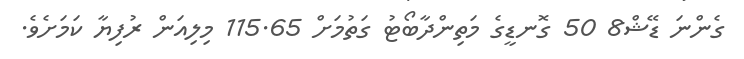
ގެންނަ ޑޭޝް8 50 ގޮނޑީގެ މަތިންދާބޯޓު ގަތުމަށް 115.65 މިލިއަން ރުފިޔާ ކަމަށެވެ.